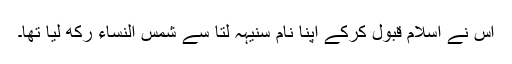
اس نے اسلام قبول کرکے اپنا نام سنیہہ لتا سے شمس النساء رکھ لیا تھا۔